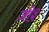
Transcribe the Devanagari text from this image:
ज़ी३